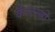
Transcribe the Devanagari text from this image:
कॅप्टन्सी